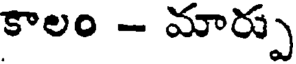
కాలం - మార్పు